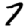
Digit: 7